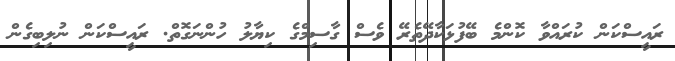
ރައީސްކަން ކުރައްވާ ކޮންމެ ބޭފުޅަކާދޭތެރޭ ވެސް ގާސިމްގެ ކިޔާލު ހުންނަގޮތް. ރައީސްކަން ނުލިބިގެން